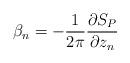
LaTeX: \begin{align*}\beta_n = -\frac{1}{2\pi}\frac{\partial S_P}{\partial z_n}\end{align*}